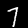
Label: 7